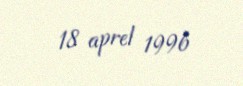
18 aprel 1996